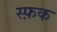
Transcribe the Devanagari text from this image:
स्फ़क